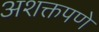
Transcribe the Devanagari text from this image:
अशक्तपणे